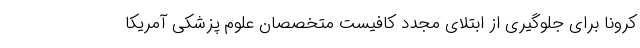
کرونا برای جلوگیری از ابتلای مجدد کافیست متخصصان علوم پزشکیِ آمریکا